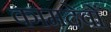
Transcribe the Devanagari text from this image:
कामदेवों